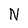
Character: N